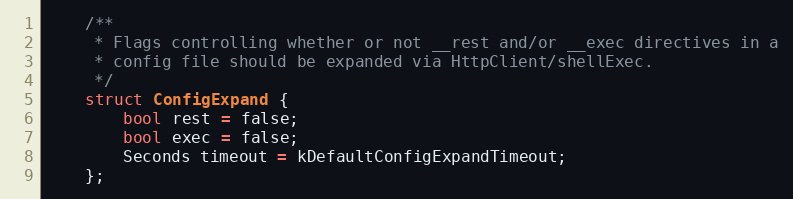
Language: C
    /**
     * Flags controlling whether or not __rest and/or __exec directives in a
     * config file should be expanded via HttpClient/shellExec.
     */
    struct ConfigExpand {
        bool rest = false;
        bool exec = false;
        Seconds timeout = kDefaultConfigExpandTimeout;
    };